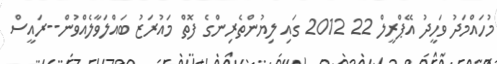
މުހައްމަދު ވަހީދު އޭޕްރީލް 22 2012 ގައި ލިޔުންތެރިންގެ ފޮތް މައުރަޒު ބައްލަވާލެއްވުން--ރައީސް